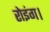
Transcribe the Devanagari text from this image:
रोइंग।